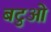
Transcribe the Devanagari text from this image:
बटुओं